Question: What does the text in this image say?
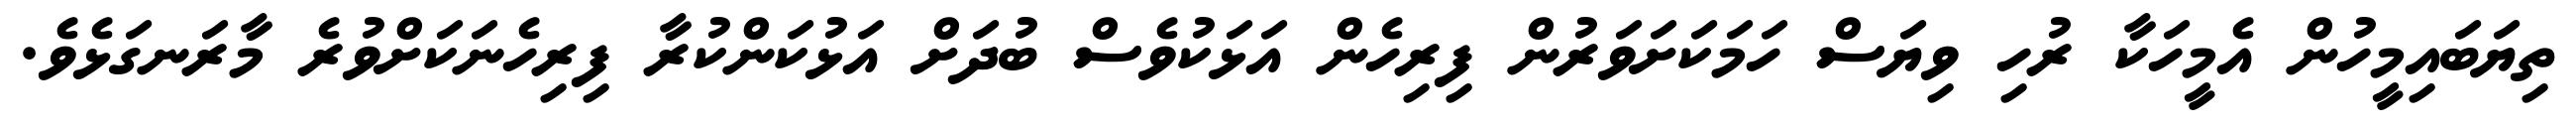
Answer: ތިޔަބައިމީހުން އެމީހަކާ ރުހި ވިޔަސް ހަމަކަށަވަރުން ފިރިހެން އަޅަކުވެސް ބުދަށް އަޅުކަންކުރާ ފިރިހެނަކަށްވުރެ މާރަނގަޅެވެ.